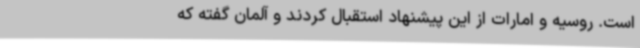
است. روسیه و امارات از این پیشنهاد استقبال کردند و آلمان گفته که